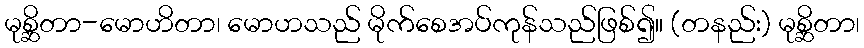
မုစ္ဆိတာ-မောဟိတာ၊ မောဟသည် မိုက်စေအပ်ကုန်သည်ဖြစ်၍။ (တနည်း) မုစ္ဆိတာ၊